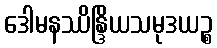
ဒေါမနဿိန္ဒြိယသမုဒယဉ္စ